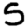
Digit: 5